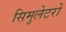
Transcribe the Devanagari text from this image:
सिमुलेटरों